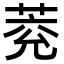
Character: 萒